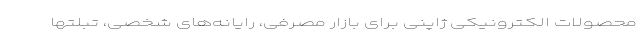
محصولات الکترونیکی ژاپنی برای بازار مصرفی، رایانه‌های شخصی، تبلتها